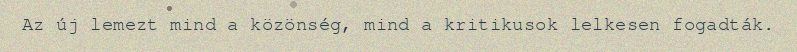
Az új lemezt mind a közönség, mind a kritikusok lelkesen fogadták.